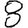
Digit: 8